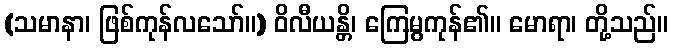
(သမာနာ၊ ဖြစ်ကုန်လသော်။) ဝိလီယန္တိ၊ ကြေမွကုန်၏။ မောရာ၊ တို့သည်။